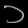
Digit: ၁